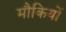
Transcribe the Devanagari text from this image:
मौकियों